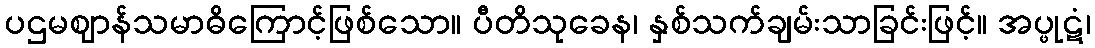
ပဌမဈာန်သမာဓိကြောင့်ဖြစ်သော။ ပီတိသုခေန၊ နှစ်သက်ချမ်းသာခြင်းဖြင့်။ အပ္ဖုဋံ၊